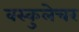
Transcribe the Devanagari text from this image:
वस्कुलेचर